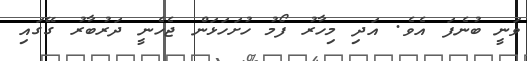
ވަނީ ބުނެފަ އެވެ. އަދި މިހާރު ފޯމު ހުށަހަޅަން ޖެހެނީ ދަރުބާރު ގޭގައި